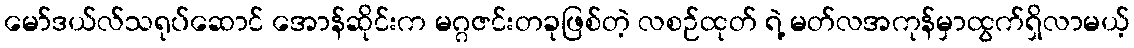
မော်ဒယ်လ်သရုပ်ဆောင် အောန်ဆိုင်းက မဂ္ဂဇင်းတခုဖြစ်တဲ့ လစဉ်ထုတ် ရဲ့ မတ်လအကုန်မှာထွက်ရှိလာမယ့်